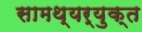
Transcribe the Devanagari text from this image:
सामथ्यर्युक्त